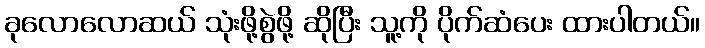
ခုလောလောဆယ် သုံးဖို့စွဲဖို့ ဆိုပြီး သူ့ကို ပိုက်ဆံပေး ထားပါတယ်။